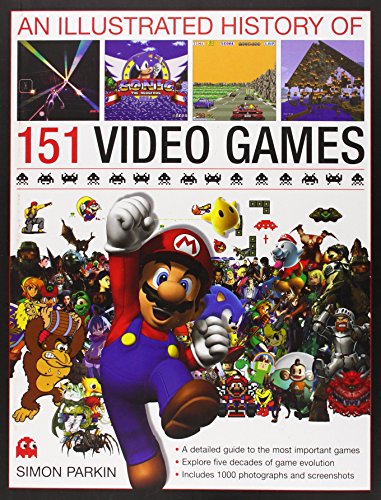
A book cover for An Illustrated History of 151 Video Games: A detailed guide to the most important games; explores five decades of game evolution; Simon Parkin; Arts & Photography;